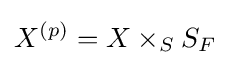
X^{(p)}=X\times _{S}S_{F}